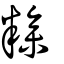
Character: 糝